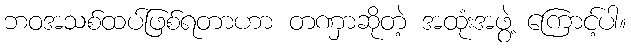
ဘဝအသစ်ထပ်ဖြစ်ရတာဟာ တဏှာဆိုတဲ့ အထုံးအဖွဲ့ ကြောင့်ပါ။